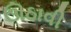
ઊઠાવી